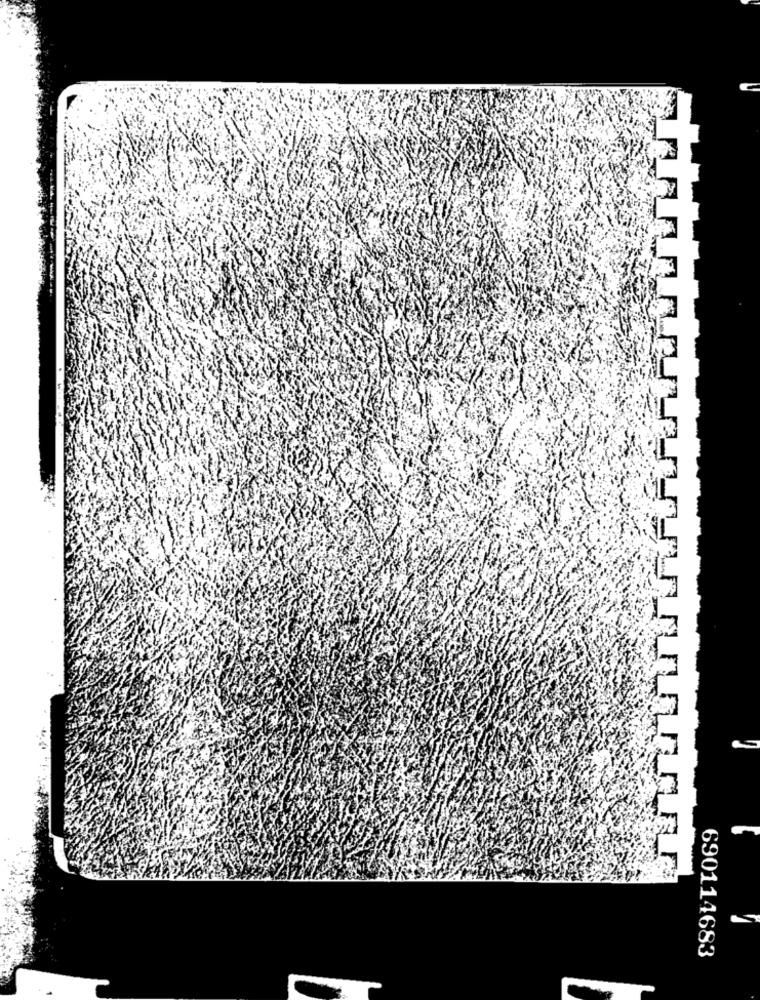
690114683